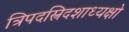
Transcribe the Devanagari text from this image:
त्रिपदस्त्रिदशाध्यक्षो